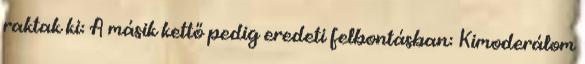
raktak ki: A másik kettő pedig eredeti felbontásban: Kimoderálom